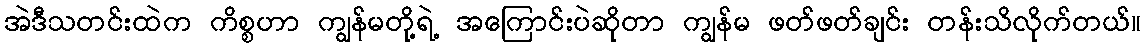
အဲဒီသတင်းထဲက ကိစ္စဟာ ကျွန်မတို့ရဲ့ အကြောင်းပဲဆိုတာ ကျွန်မ ဖတ်ဖတ်ချင်း တန်းသိလိုက်တယ်။